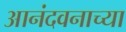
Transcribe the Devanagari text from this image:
आनंदवनाच्या